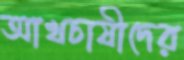
আখচাষীদের